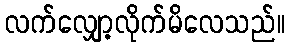
လက်လျှော့လိုက်မိလေသည်။